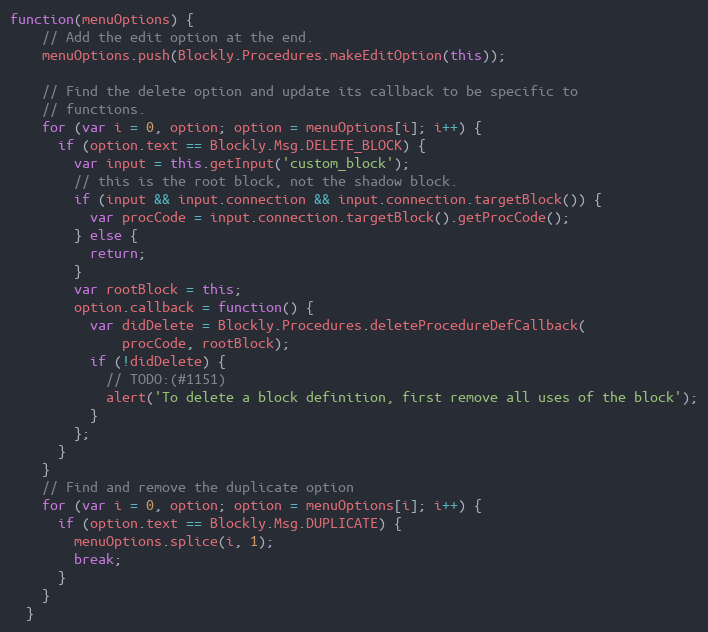
Language: JavaScript
function(menuOptions) {
    // Add the edit option at the end.
    menuOptions.push(Blockly.Procedures.makeEditOption(this));

    // Find the delete option and update its callback to be specific to
    // functions.
    for (var i = 0, option; option = menuOptions[i]; i++) {
      if (option.text == Blockly.Msg.DELETE_BLOCK) {
        var input = this.getInput('custom_block');
        // this is the root block, not the shadow block.
        if (input && input.connection && input.connection.targetBlock()) {
          var procCode = input.connection.targetBlock().getProcCode();
        } else {
          return;
        }
        var rootBlock = this;
        option.callback = function() {
          var didDelete = Blockly.Procedures.deleteProcedureDefCallback(
              procCode, rootBlock);
          if (!didDelete) {
            // TODO:(#1151)
            alert('To delete a block definition, first remove all uses of the block');
          }
        };
      }
    }
    // Find and remove the duplicate option
    for (var i = 0, option; option = menuOptions[i]; i++) {
      if (option.text == Blockly.Msg.DUPLICATE) {
        menuOptions.splice(i, 1);
        break;
      }
    }
  }